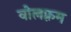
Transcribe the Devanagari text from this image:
वोलफ़्रम